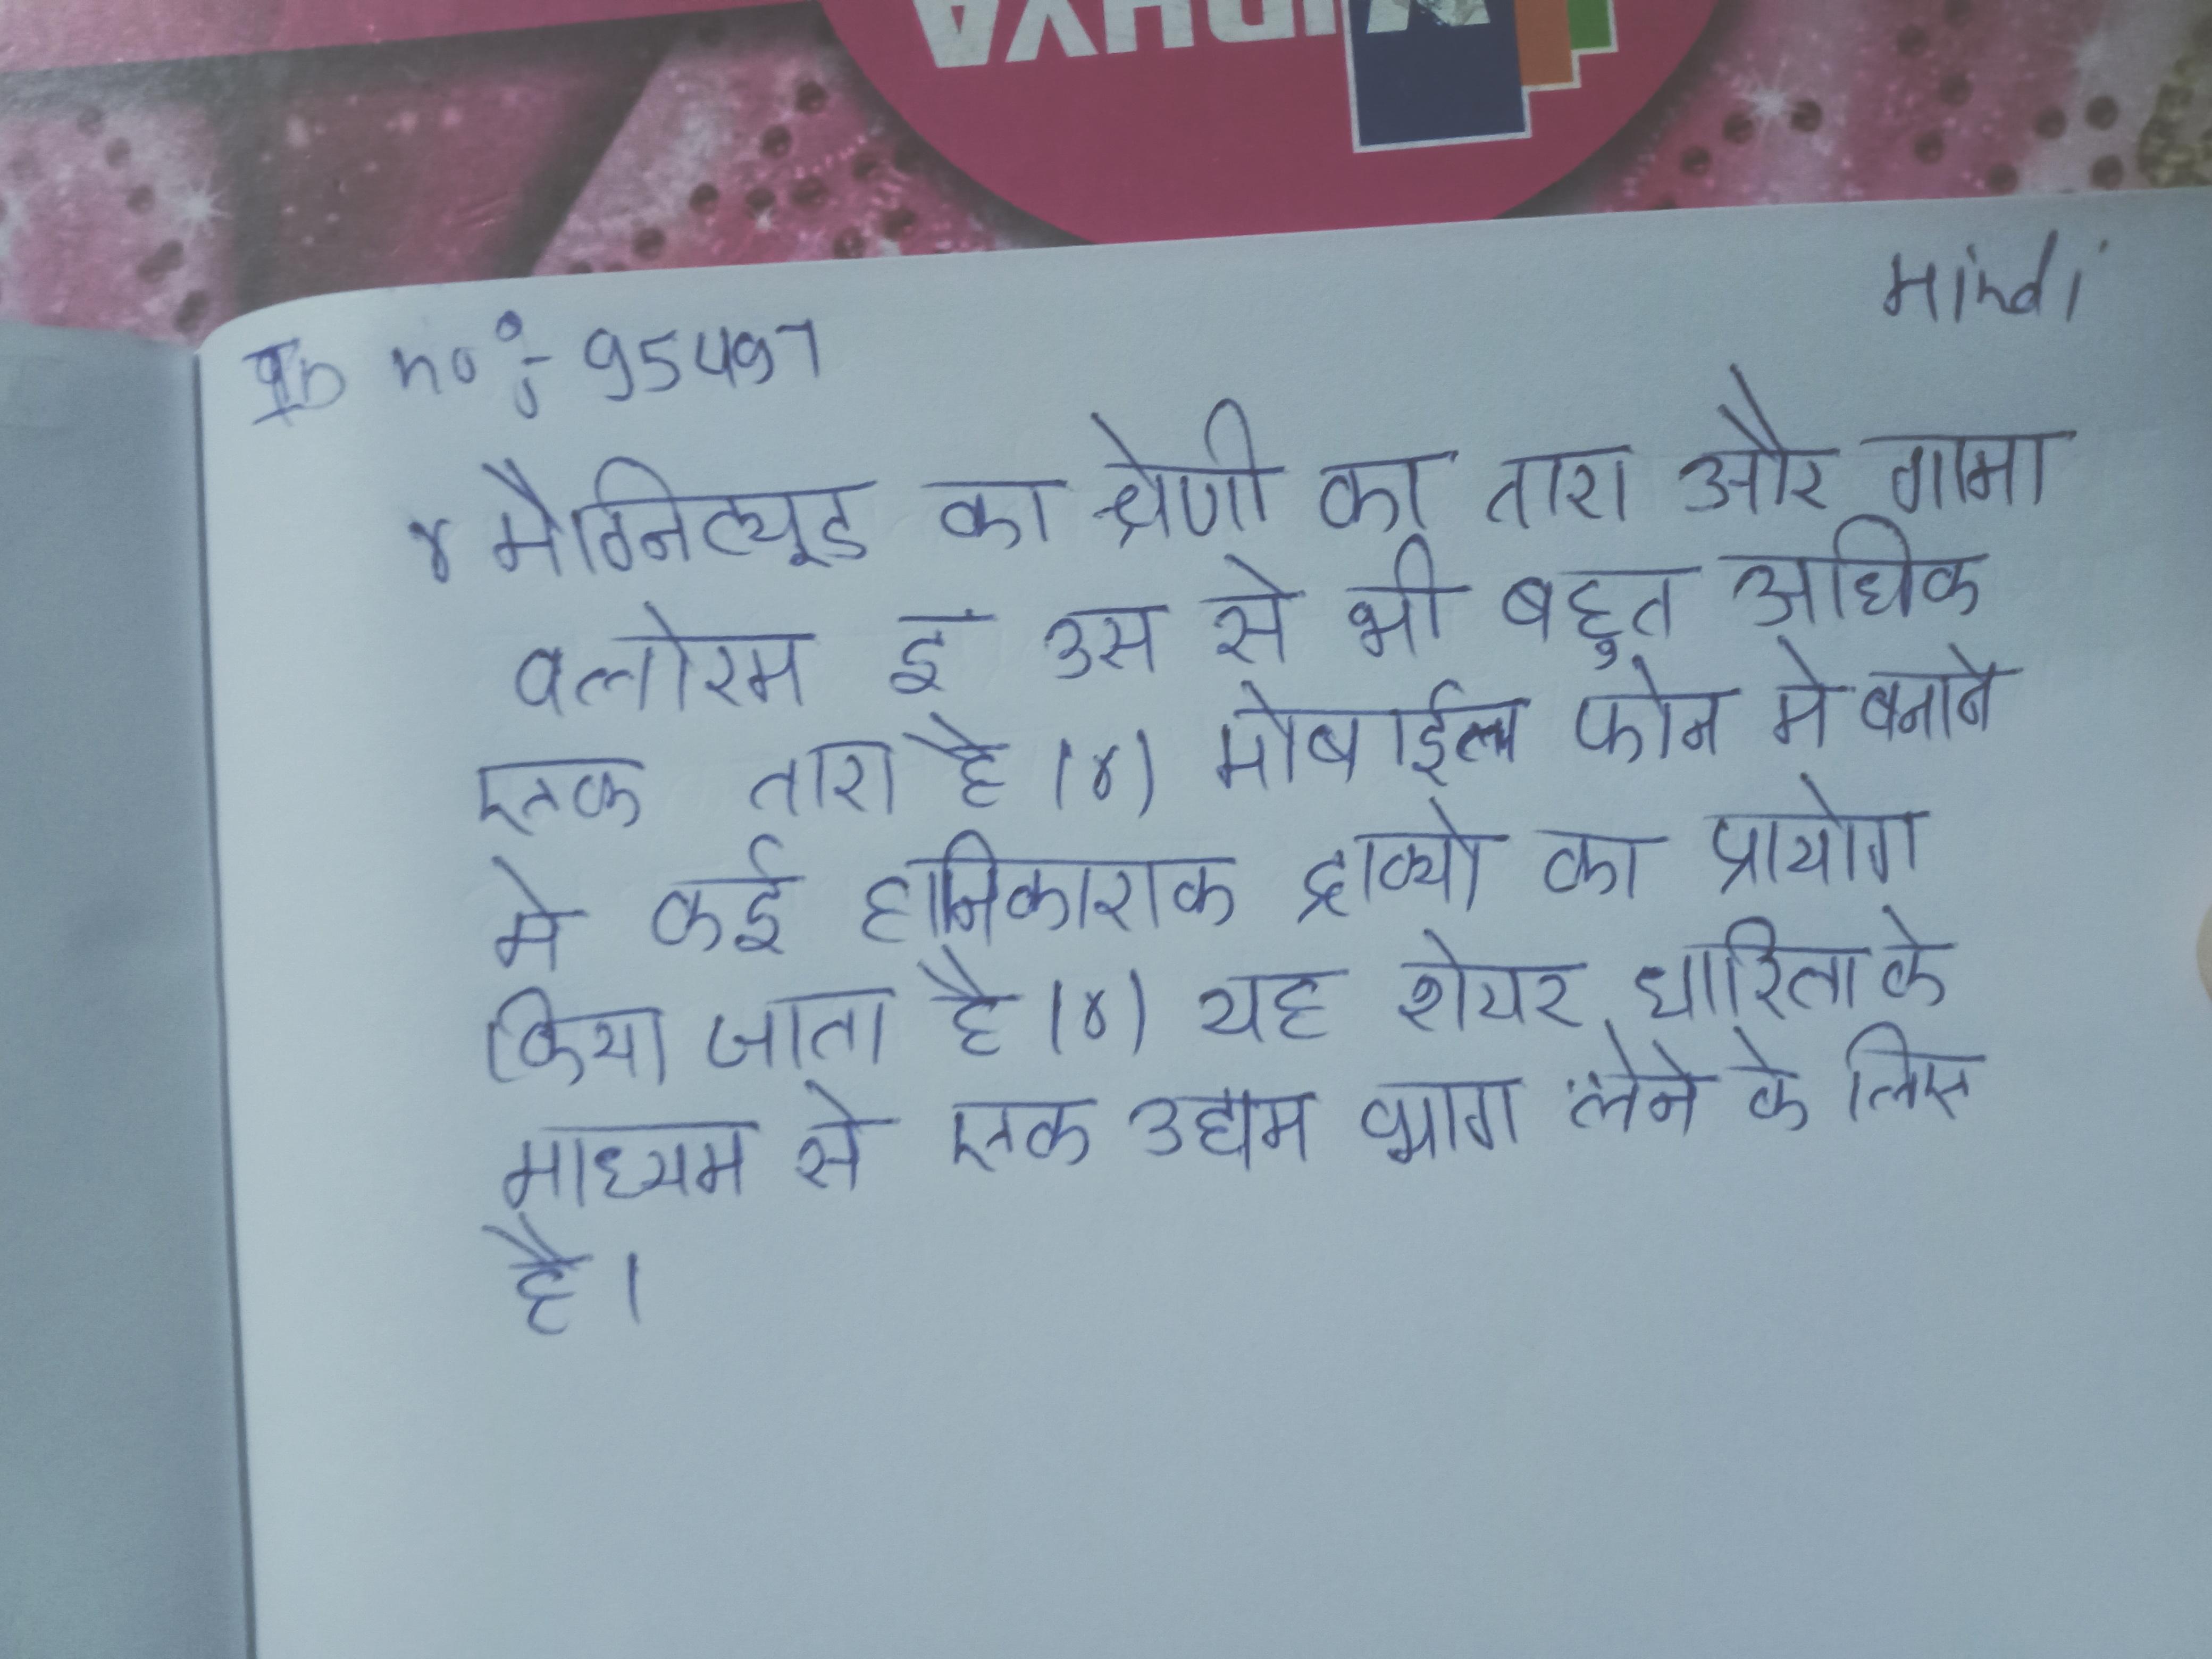
४ मैग्निट्यूड का श्रेणी का तारा और गामा वलोरम ई उस से भी बहुत अधिक एक तारा है । ४) मोबाइल फोन के बानाने मे कई हानिकाराक द्राव्यो का प्रायोग किया जाता है । ४) यह शेयर धारिता के माध्यम से एक उद्यम भाग लेने के लिए है ।